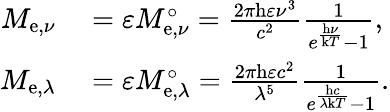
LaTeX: \begin{array}{rl}{M_{\mathrm{e},\nu}}&{{}=\varepsilon M_{\mathrm{e},\nu}^{\circ}={\frac{2\pi\mathrm{h}\varepsilon\nu^{3}}{c^{2}}}{\frac{1}{e^{\frac{\mathrm{h}\nu}{\mathrm{k}T}}-1}},}\\ {M_{\mathrm{e},\lambda}}&{{}=\varepsilon M_{\mathrm{e},\lambda}^{\circ}={\frac{2\pi\mathrm{h}\varepsilon c^{2}}{\lambda^{5}}}{\frac{1}{e^{\frac{\mathrm{h}c}{\lambda\mathrm{k}T}}-1}}.}\end{array}